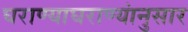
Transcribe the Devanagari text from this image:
घराण्याघराण्यांनुसार